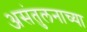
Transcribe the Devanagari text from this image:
असंतुलनाच्या